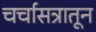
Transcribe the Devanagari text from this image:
चर्चासत्रातून